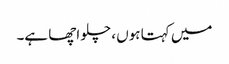
میں کہتا ہوں ، چلو اچھا ہے۔